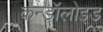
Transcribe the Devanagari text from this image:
कन्डॉलोइड